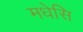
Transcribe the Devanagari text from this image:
मधेसि